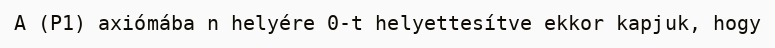
A (P1) axiómába n helyére 0-t helyettesítve ekkor kapjuk, hogy